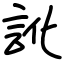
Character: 訛